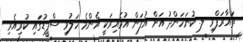
ތައާރަފްވި ލ. ކުނަހަންދު އަށް އުފަން އުމެއިރަކީ އެންމެ ހަލުވި ސްޕީޑުގައި ކުރިއެރި